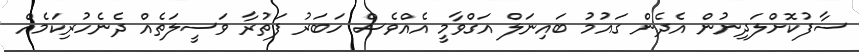
ސާފުކޮށްލަދިނުން އެދެން ގައުމު ބައިނަލް އަގްވާމީ އެއްވެސް ހަބަރު ފަތުރާ ވަސީލަތެއް ދެނެހުރިކަމެއް